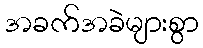
အခက်အခဲများစွာ